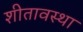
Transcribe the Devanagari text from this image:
शीतावस्था